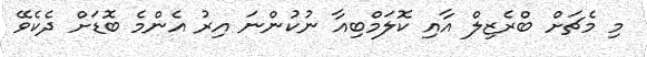
މި މެޗަށް ބްރެޒިލް އާއި ކޮލަމްބިއާ ނުކުންނަ އިރު އެންމެ ބޮޑަށް ދެކެވޭ